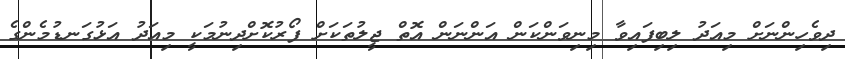
ދިވެހިންނަށް މިއަދު ލިބިފައިވާ މިނިވަންކަން އަންނަން އޮތް ޖީލުތަކަށް ފޯރުކޮށްދިނުމަކީ މިއަދު އަޅުގަނޑުމެންގެ